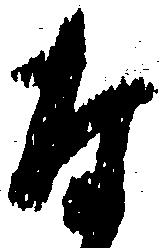
な